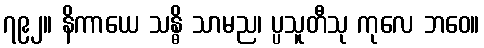
၇၉၂။ နိကာယေ သန္ဓိ သာမည၊ ပ္ပသူတီသု ကုလေ ဘဝေ။